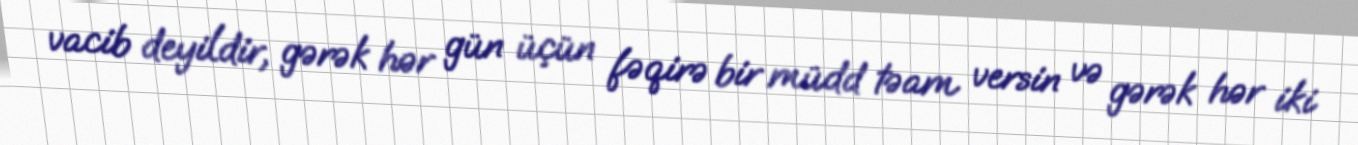
vacib deyildir, gərək hər gün üçün fəqirə bir müdd təam versin və gərək hər iki